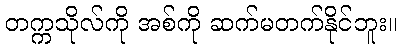
တက္ကသိုလ်ကို အစ်ကို ဆက်မတက်နိုင်ဘူး။